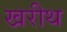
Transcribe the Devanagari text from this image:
खरीथ